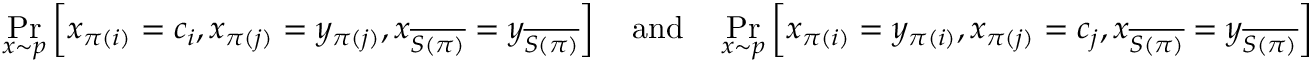
\operatorname* { P r } _ { x \sim p } \left[ x _ { \pi ( i ) } = c _ { i } , x _ { \pi ( j ) } = y _ { \pi ( j ) } , x _ { \overline { { S ( \pi ) } } } = y _ { \overline { { S ( \pi ) } } } \right] \quad \mathrm { a n d } \quad \operatorname* { P r } _ { x \sim p } \left[ x _ { \pi ( i ) } = y _ { \pi ( i ) } , x _ { \pi ( j ) } = c _ { j } , x _ { \overline { { S ( \pi ) } } } = y _ { \overline { { S ( \pi ) } } } \right]